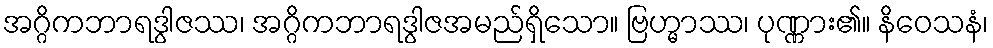
အဂ္ဂိကဘာရဒွါဇဿ၊ အဂ္ဂိကဘာရဒွါဇအမည်ရှိသော။ ဗြဟ္မာဿ၊ ပုဏ္ဏား၏။ နိဝေသနံ၊